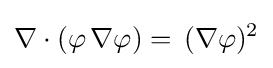
\nabla \cdot (\varphi \,\nabla \varphi )=\,(\nabla \varphi )^{2}